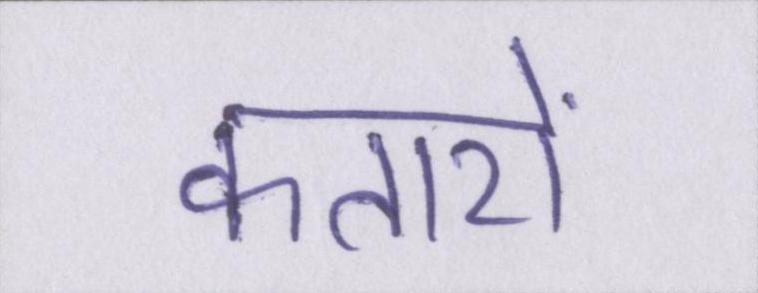
कतारों